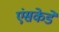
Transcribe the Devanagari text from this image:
एंसकेडे